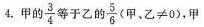
4.甲的 \frac{3}{4} 等于乙的 \frac{5}{6} ($$甲 、 乙 ≠ 0$$)，甲